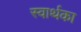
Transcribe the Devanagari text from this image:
स्वार्थका